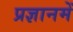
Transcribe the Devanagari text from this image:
प्रज्ञानमें